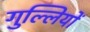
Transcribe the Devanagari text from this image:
गुल्लियों